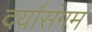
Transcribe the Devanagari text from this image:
दर्यासंगम